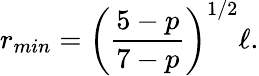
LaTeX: r_{min}=\left({\frac{5-p}{7-p}}\right)^{1/2}\ell.